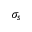
\sigma _ { s }